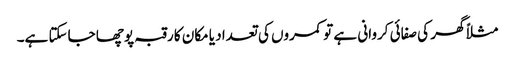
مثلاً گھر کی صفائی کروانی ہے تو کمروں کی تعداد یا مکان کا رقبہ پوچھا جاسکتا ہے۔